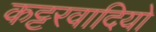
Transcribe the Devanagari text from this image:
कट्टरवादियो